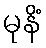
မုနိံ